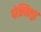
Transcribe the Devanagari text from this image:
पोल्लिलुर